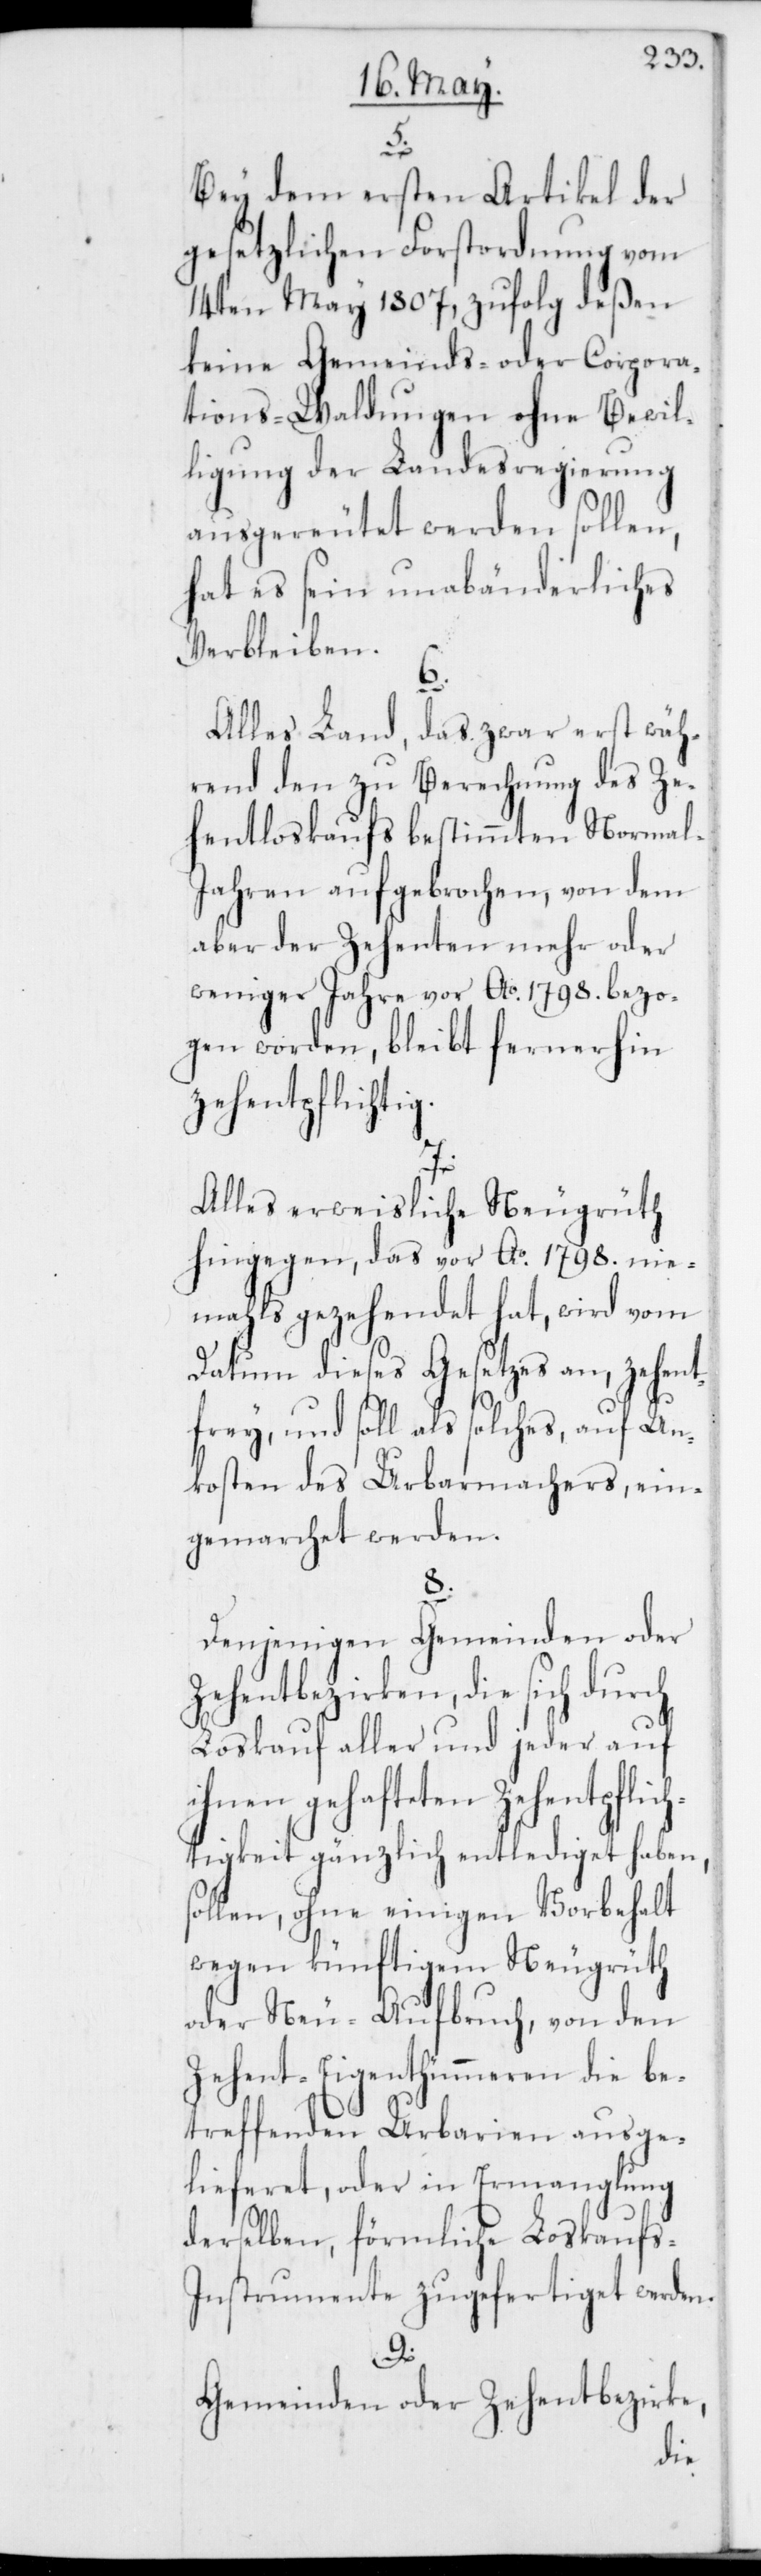
5.
Bey dem ersten Artikel der
gesetzlichen Forstordnung vom
14ten May 1807, zufolg deßen
keine Gemeinds- oder Corpora¬
tions-Waldungen ohne Bewil¬
ligung der Landesregierung
ausgereutet werden sollen,
hat es sein unabänderliches
Verbleiben.
6.
Alles Land, das zwar erst wäh¬
rend den zu Berechnung des Ze¬
hentloskaufs bestimmten Normal-J¬
ahren aufgebrochen, von dem
aber der Zehenten mehr oder
weniger Jahre vor Ao 1798. bezo¬
gen worden, bleibt fernerhin
zehentpflichti¬
7.
Alles erweisliche Neugrüth
hingegen, das vor Ao 1798. nie¬
mahls gezehendet hat, wird vom
Datum dieses Gesetzes an, zehent¬
frey, und soll als solches, auf Un¬
kosten des Urbarmachers, ein¬
gemarchet werden.
8.
Denjenigen Gemeinden oder
Zehentbezirken, die sich durch
Loskauf aller und jeder auf
ihnen gehafteten Zehentpflic¬
htigkeit gänzlich entlediget haben,
sollen, ohne einigen Vorbehalt
wegen künftigem Neugrüth
oder Neu-Aufbruch, von den
Zehent-Eigenthümmeren die be¬
treffenden Urbarien ausge¬
lieferet, oder in Ermanglung
derselben, förmliche Loskaufs-I¬
nstrumente zugefertiget werden.
9.
Gemeinden oder Zehentbezirke,